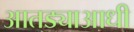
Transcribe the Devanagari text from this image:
आतड्याआधी